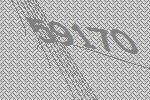
59170